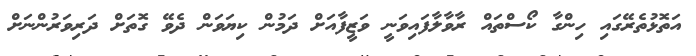
އަތޮޅުތެރޭގައި ހިންގާ ކޯސްތައް ރާވާލާފައިވަނީ ވަޒީފާއަށް ދަމުން ކިޔަވަން ދެވޭ ގޮތަށް ދަރިވަރުންނަށް